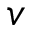
v